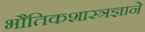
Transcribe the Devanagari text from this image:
भौतिकशास्त्रज्ञाने